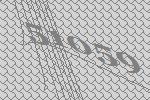
51059